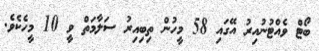
ބޯޓް ވެއްޓުނުއިރު އޭގައި 58 މީހުން ތިބިއިރު ސަލާމަތް ވީ 10 މީހެކެވެ.